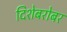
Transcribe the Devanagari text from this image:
दिशेबरोबर